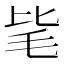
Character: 毞